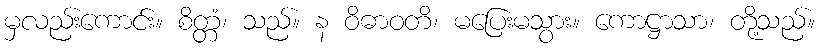
မှလည်းကောင်း။ စိတ္တံ၊ သည်။ န ဝိဓာဝတိ၊ မပြေးမသွား။ ကောဋ္ဌာသာ၊ တို့သည်။